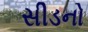
સીડનો